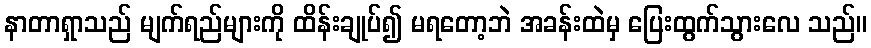
နာတာရှာသည် မျက်ရည်များကို ထိန်းချုပ်၍ မရတော့ဘဲ အခန်းထဲမှ ပြေးထွက်သွားလေ သည်။